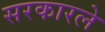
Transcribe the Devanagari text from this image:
सरकारले